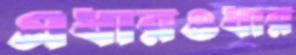
এধারওধার